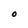
Character: O